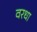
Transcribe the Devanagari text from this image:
वरधा